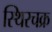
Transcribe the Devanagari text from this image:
स्थिरचक्र